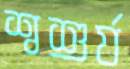
শ্বশুর্য